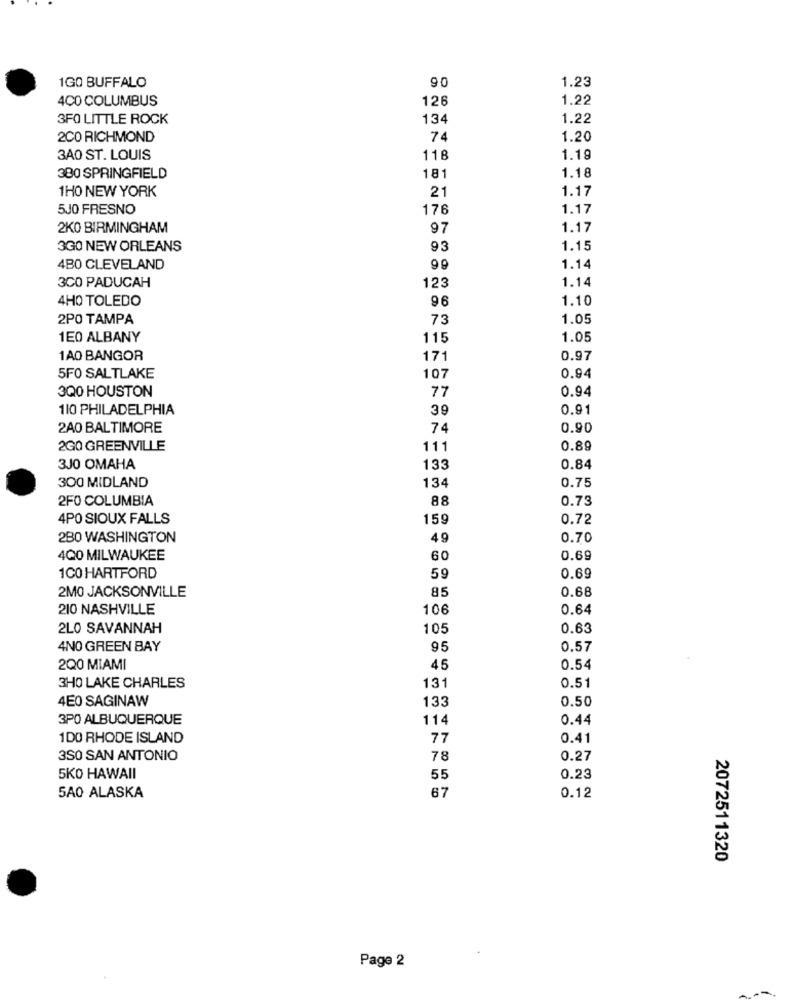
1GO BUFFALO
90
1.23
400 COLUMBUS
126
1.22
3FO LITTLE ROCK
134
1.22
2CO RICHMOND
74
1.20
3A0 ST. LOUIS
118
1.19
380 SPRINGFIELD
181
1.18
1HO NEW YORK
21
1.17
5J0 FRESNO
176
1.17
2KO BIRMINGHAM
97
1.17
3GO NEW ORLEANS
93
1.15
4B0 CLEVELAND
99
1.14
1.14
3CO PADUCAH
123
4HO TOLEDO
96
1.10
2PO TAMPA
73
1.05
1E0 ALBANY
115
1.05
1A0 BANGOR
171
0.97
5F0 SALTLAKE
107
0.94
3Q0 HOUSTON
77
0.94
110 PHILADELPHIA
39
0.91
2A0 BALTIMORE
74
0.90
2GO GREENVILLE
111
0.89
3J0 OMAHA
133
0.84
300 MIDLAND
134
0.75
2FO COLUMBIA
88
0.73
4PO SIOUX FALLS
159
0.72
280 WASHINGTON
49
0.70
4QO MILWAUKEE
60
0.69
0.69
1CO HARTFORD
59
2M0 JACKSONVILLE
85
0.68
210 NASHVILLE
106
0.64
2LO SAVANNAH
105
0.63
4NO GREEN BAY
95
0.57
2Q0 MIAMI
45
0.54
131
0.51
3H0 LAKE CHARLES
4E0 SAGINAW
133
0.50
3PO ALBUQUERQUE
114
0.44
1DO RHODE ISLAND
77
0.41
3SO SAN ANTONIO
78
0.27
5KO HAWAII
55
0.23
67
5A0 ALASKA
0.12
2072511320
Page 2